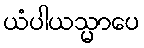
ယံပါယသ္မာပေ